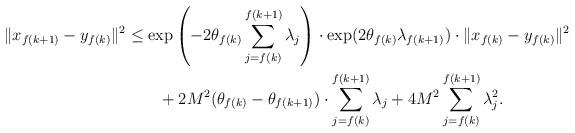
LaTeX: \begin{align*} \Vert x_{f(k+1)}-y_{f(k)}\Vert^2&\le\exp\left(-2\theta_{f(k)}\sum_{j=f(k)}^{f(k+1)}\lambda_j\right)\cdot\exp(2\theta_{f(k)}\lambda_{f(k+1)})\cdot\Vert x_{f(k)}-y_{f(k)}\Vert^2\\ &\qquad+2M^2(\theta_{f(k)}-\theta_{f(k+1)})\cdot\sum_{j=f(k)}^{f(k+1)}\lambda_j+4M^2\sum_{j=f(k)}^{f(k+1)}\lambda_j^2. \end{align*}